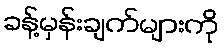
ခန့်မှန်းချက်များကို